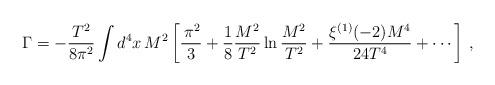
LaTeX: \begin{align*}\Gamma = -\frac{T^2}{8\pi^2} \int d^4x\,M^2\left[\frac{\,\pi^2}{3} +\frac{1}{8}\frac{M^2}{T^2}\ln\frac{M^2}{T^2} + \frac{\xi^{(1)}(-2)M^4}{24T^4} + \cdots\right]\,,\end{align*}